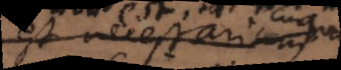
est necessarium